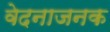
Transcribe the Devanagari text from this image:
वेदनाजनक